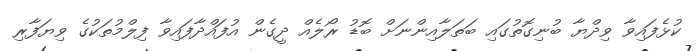
ކުޅެފައިވާ ވިދްޔާ ބުނިގޮތުގައި ބަތަލާއިންނަށް ބޮޑު ރޯލެއް ދީގެން އުފައްދާފައިވާ ފިލްމުތަކުގެ ވިޔަފާރި